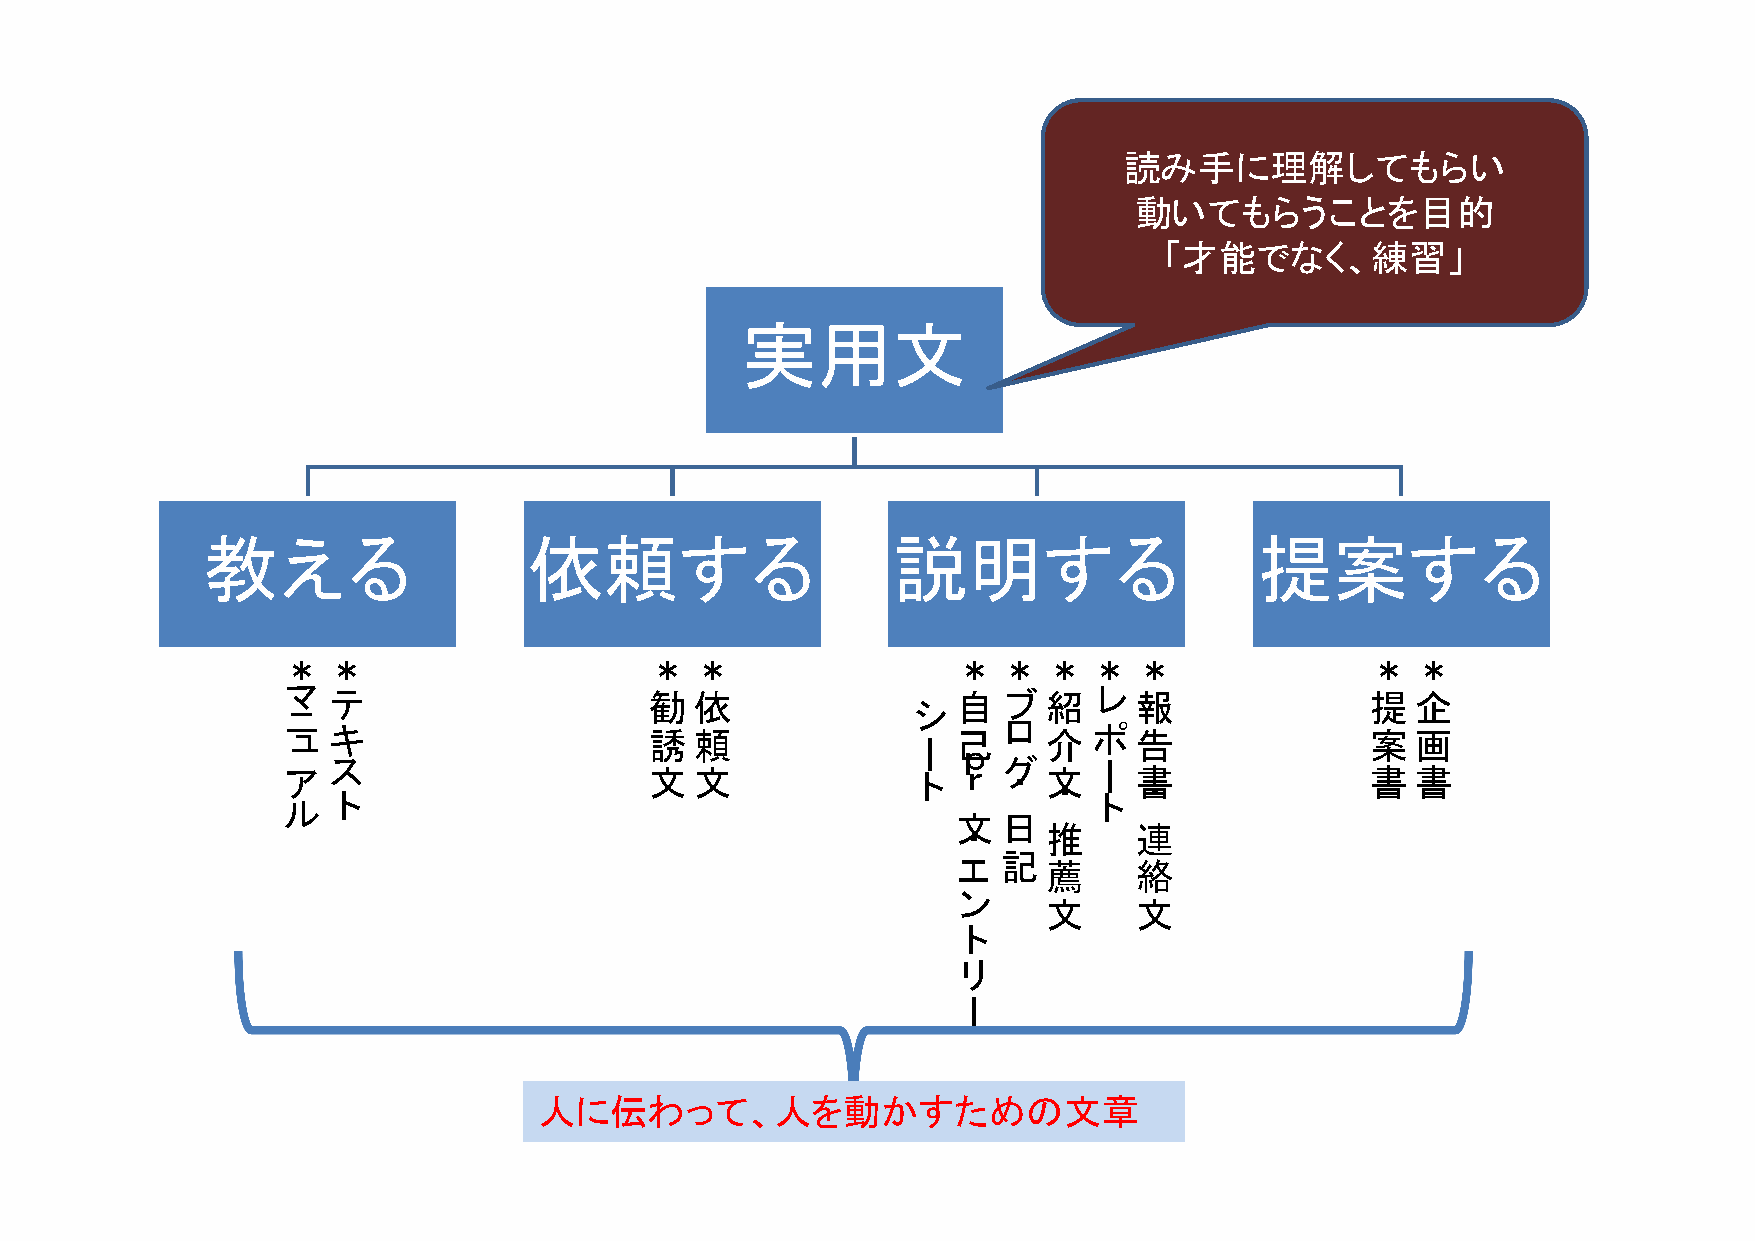
読み手に理解してもらい
 動いてもらうことを目的
 「才能でなく、練習」
 実用文
 教える                   依頼する                    説明する                    提案する
 ＊  ＊                    ＊  ＊                ＊  ＊  ＊  ＊  ＊               ＊  ＊
 マ  テ                    勧  依                自  ブ  紹  レ  報               提  企
 シ
 ニ
 ュ  キ                    誘  頼             ー  己  ロ  介  ポ  告               案  画
 ス                                        ｐ  グ     ー
 ア                       文  文             ト  ｒ  ・  文     書               書  書
 ト                                              ・  ト  ・
 ル
 文  日
 推     連
 ・
 記
 エ     薦     絡
 ン
 文     文
 ト
 リ
 ー
 人に伝わって、人を動かすための文章